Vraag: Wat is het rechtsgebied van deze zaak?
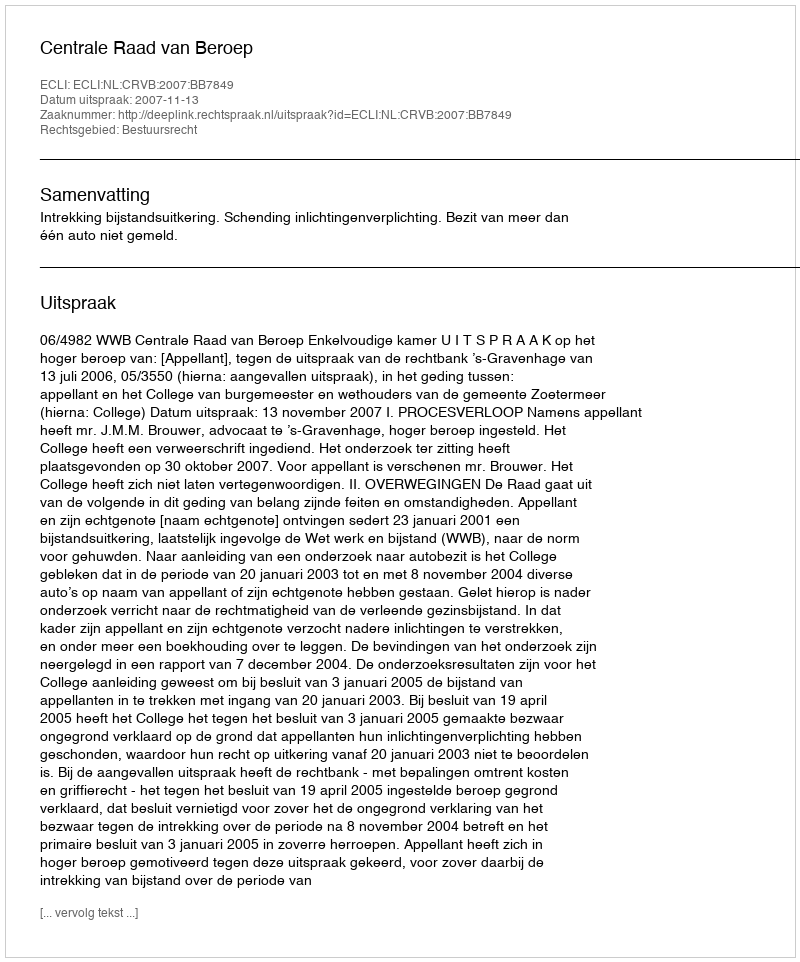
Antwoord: Bestuursrecht